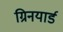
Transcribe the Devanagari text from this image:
ग्रिनयार्ड